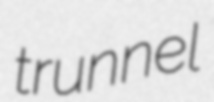
trunnel